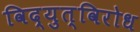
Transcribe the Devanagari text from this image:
विद्युत्‌विरोध